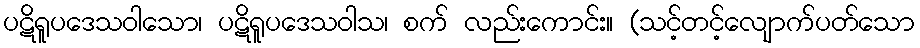
ပဋိရူပဒေသဝါသော၊ ပဋိရူပဒေသဝါသ၊ စက် လည်းကောင်း။ (သင့်တင့်လျောက်ပတ်သော